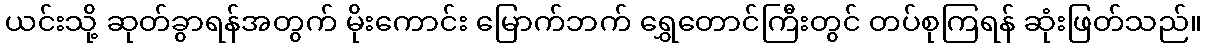
ယင်းသို့ ဆုတ်ခွာရန်အတွက် မိုးကောင်း မြောက်ဘက် ရွှေတောင်ကြီးတွင် တပ်စုကြရန် ဆုံးဖြတ်သည်။